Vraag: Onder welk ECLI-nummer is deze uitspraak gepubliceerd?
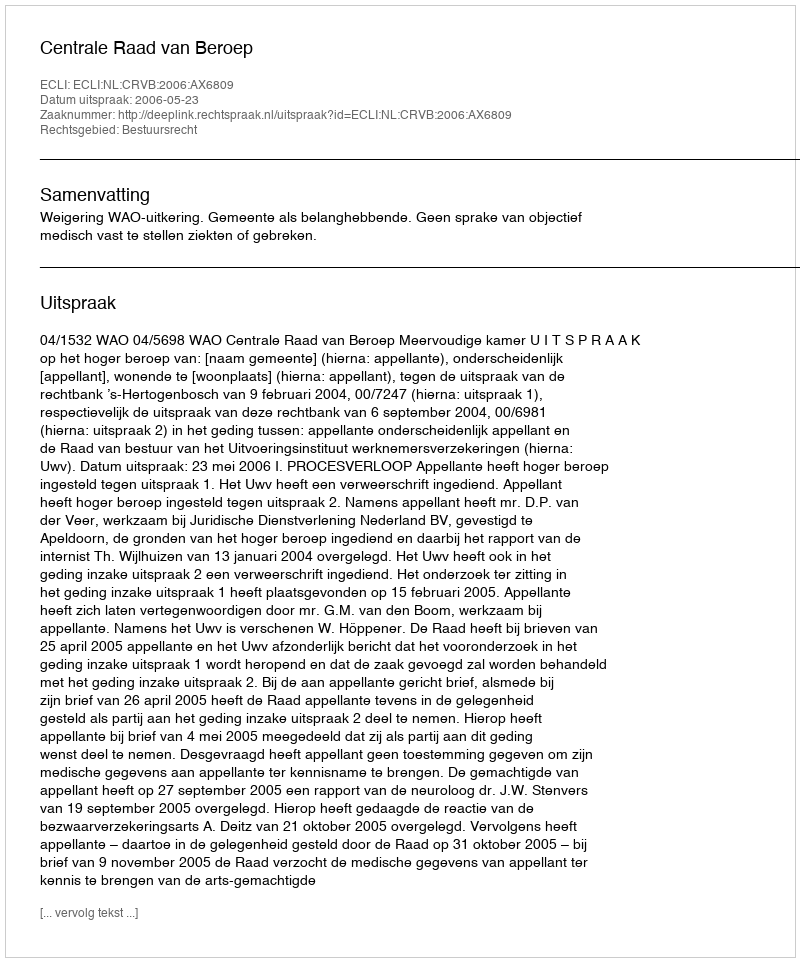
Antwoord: ECLI:NL:CRVB:2006:AX6809